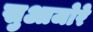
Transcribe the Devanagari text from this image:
सुआजोरे